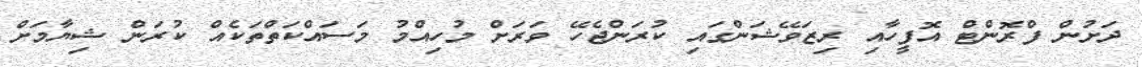
ދަށުން ފްރޮންޓް އޮފީހާއި ރިޒަވޭޝަންގައި ކުރަންޖެހޭ ވަރަށް މުހިއްމު މަސައްކަތްތަކެއް ކުރަން ޝިޔާމަށް